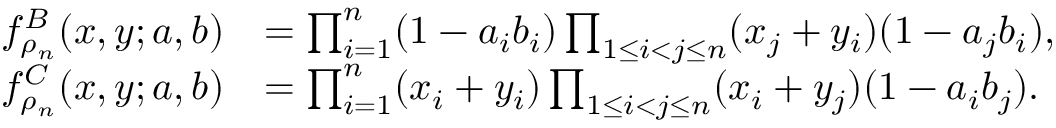
\begin{array} { r l } { f _ { \rho _ { n } } ^ { B } ( x , y ; a , b ) } & { = \prod _ { i = 1 } ^ { n } ( 1 - a _ { i } b _ { i } ) \prod _ { 1 \leq i < j \leq n } ( x _ { j } + y _ { i } ) ( 1 - a _ { j } b _ { i } ) , } \\ { f _ { \rho _ { n } } ^ { C } ( x , y ; a , b ) } & { = \prod _ { i = 1 } ^ { n } ( x _ { i } + y _ { i } ) \prod _ { 1 \leq i < j \leq n } ( x _ { i } + y _ { j } ) ( 1 - a _ { i } b _ { j } ) . } \end{array}